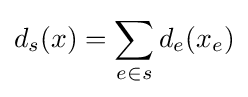
d_{s}(x)=\sum _{e\in s}d_{e}(x_{e})